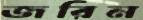
জরিন